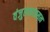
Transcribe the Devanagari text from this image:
वंजुलकाष्ठसत्व